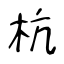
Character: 杭